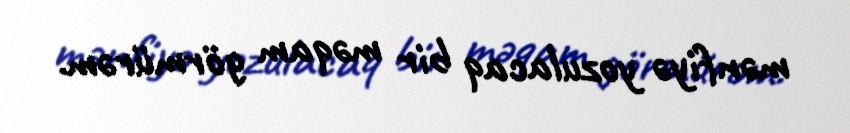
mənfiyə yozulacaq bir məqam görmürəm.